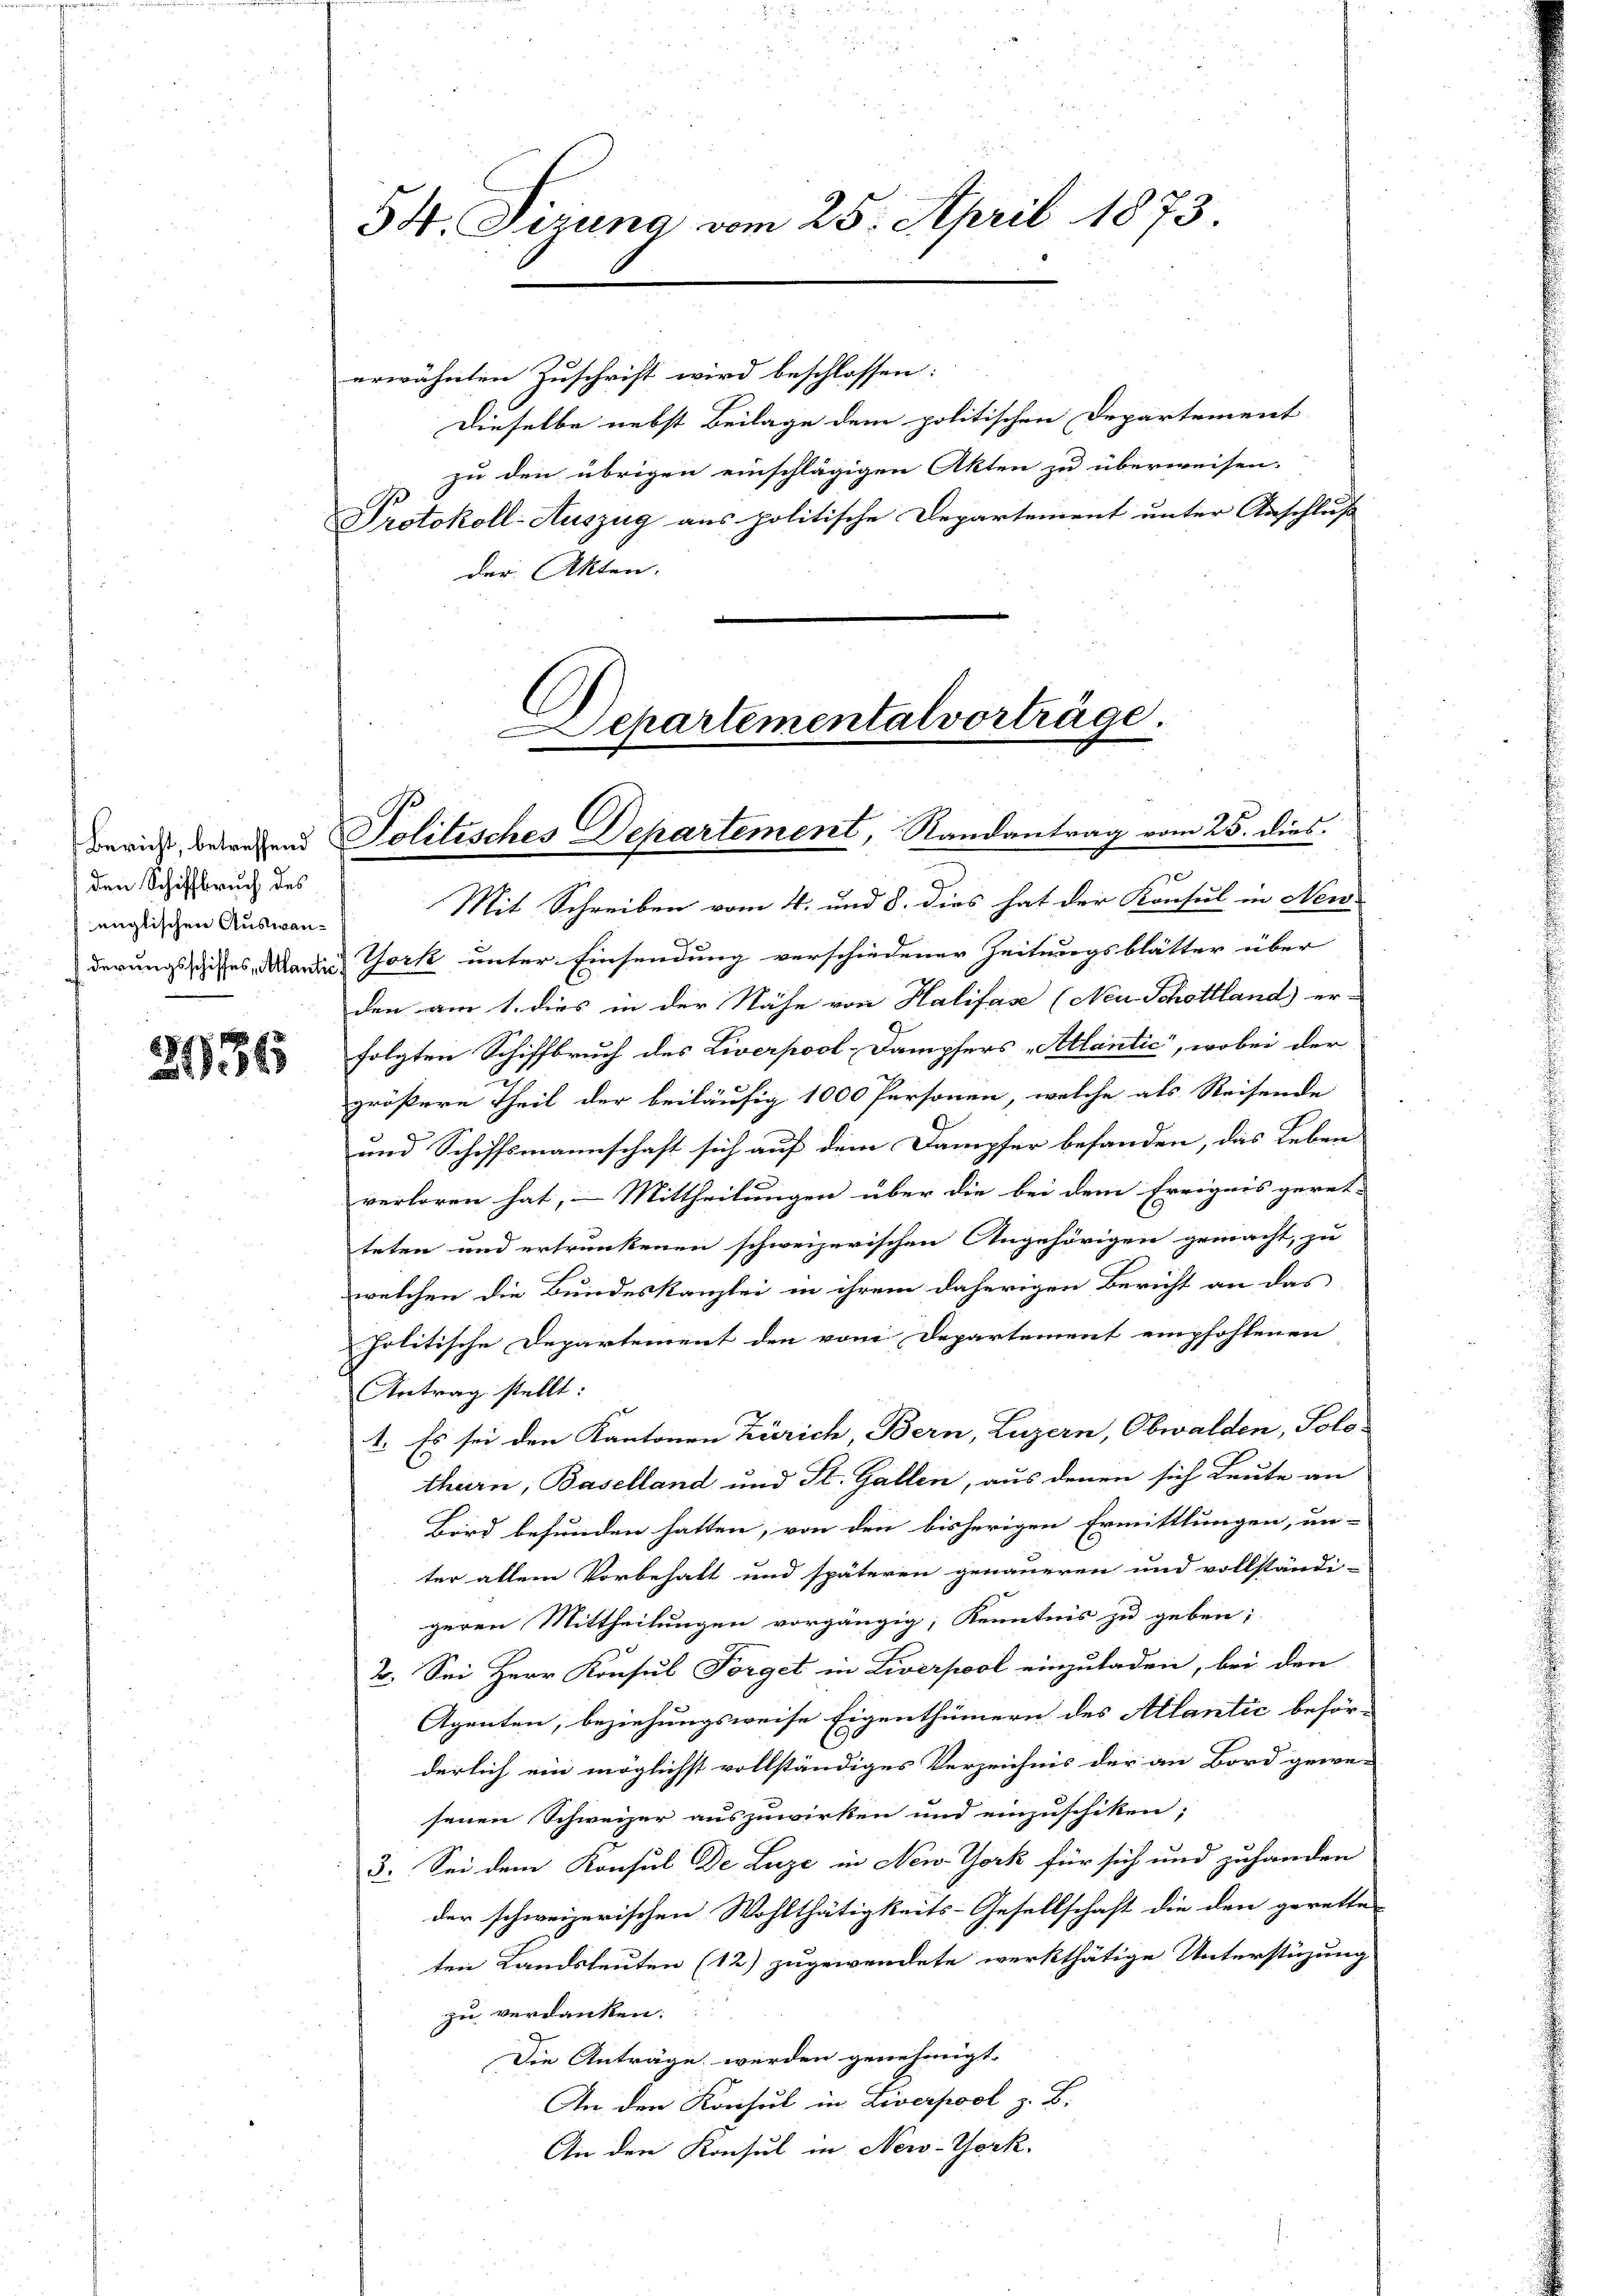
den Schiffbruch des
englischen Auswanderungsschiffes, Allantie

8)
5936

54. Sizung vom 25. April 1873.

erwähnten Zuschrift wird beschlossen:
Dieselbe nebst Beilage dem politischen Departement
zu den übrigen einschlägigen Akten zu überweisen.
Protokoll-Auszug aus politische Departement unter Anschluß
der Akten.

Departementalvorträge.
Bericht betretend Politisches Departement, Randantrag vom 25. dies

Mit Schreiben vom 4. und 8. dies hat der Konsul in Neu
York unter Einsendung verschiedener Zeitungsblätter über
den am 1. dies in der Nähe von Halifase (Neu Schottland) er-
folgten Schiffbruch des Liverpool-Dampfers „Allantić, wobei der
größere Theil der beiläufig 1000 Personen, welche als Reisende
und Schiffsmannschaft sich auf dem Dampfer befanden, das Leben
verloren hat, – Mittheilungen über die bei dem Ereignis geret-
teten und ertrunkenen schweizerischen Angehörigen gemacht, zu
welchen die Bundeskanzlei in ihrem daherigen Bericht an das
politische Departement den vom Departement empfohlenen
Antrag stellt:
1. Es sei den Kantonen Zürich Bern, Luzern, Obwalden, Solo-
thurn, Baselland und St. Gallen, aus denen sich Leute an
Bird befunden hatten, von den bisherigen Ermittlungen, un-
ter allein Vorbehalt und späteren genaueren und vollständi-
geren Mittheilungen vorgängig, Kenntnis zu geben;
2. Sei Herr Konsul Forget in Liverpool einzuladen, bei den
Agenten, beziehungsweise Eigenthümern des Allantic behör-
derlich ein möglichst vollständiges Verzeichnis der an Bord gewe-
senen Schweizer auszuwirken und einzuschiken;
3. Sei dem Konsul De Luze in New-York für sich und zuhanden
der schweizerischen Wohlthätigkeits-Gesellschaft die den gerette
ten Landsleuten (12) zugewendete werkthätige Unterstüzung
zu verdanken:
Die Anträge werden genehmigt.
An den Konsul in Liverpool z. B.
An den Konsul in New-York,